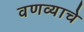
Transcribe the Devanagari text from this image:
वणव्याचे